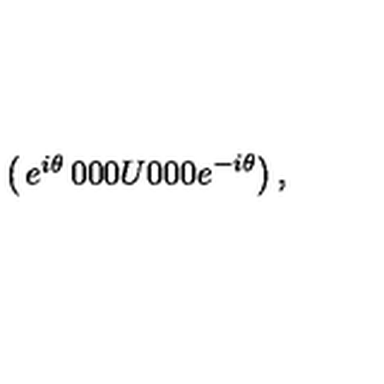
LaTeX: \left( \begin{matrix} { e ^ { i \theta } } & { 0 } & { 0 } \\ { 0 } & { U } & { 0 } \\ { 0 } & { 0 } & { e ^ { - i \theta } } \\ \end{matrix} \right) ,